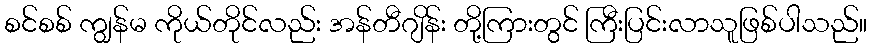
စင်စစ် ကျွန်မ ကိုယ်တိုင်လည်း အန်တီဂျိန်း တို့ကြားတွင် ကြီးပြင်းလာသူဖြစ်ပါသည်။